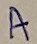
Text: A